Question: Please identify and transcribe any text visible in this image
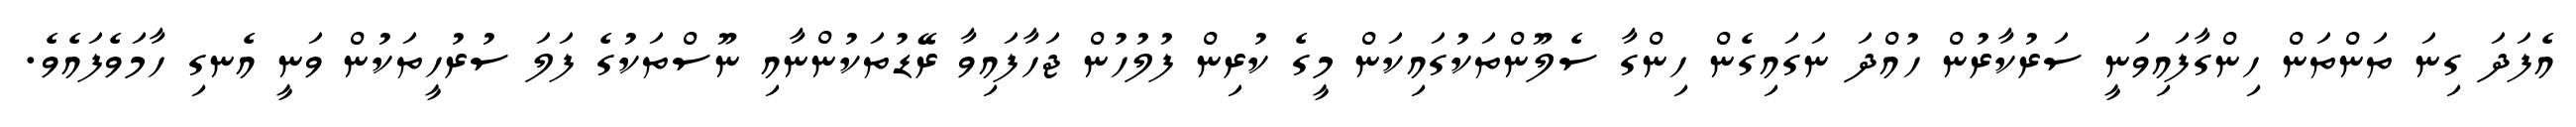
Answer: އެފަދަ ގިނަ ތަންތަން ހިންގާފައިވަނީ ސަރުކާރުން ހުއްދަ ނަގައިގެން ހިންގާ ސެލޫންތަކުގައިކަން މީގެ ކުރިން ފުލުހުން ޖަހާފައިވާ ރޭޑުތަކުންނާއި ނޫސްތަކުގެ ފަލަ ސުރުހީތަކުން ވަނީ އެނގި ހާމަވެފައެވެ.